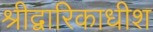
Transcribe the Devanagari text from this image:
श्रीद्वारिकाधीश